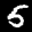
Label: 5